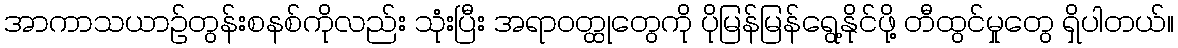
အာကာသယာဉ်တွန်းစနစ်ကိုလည်း သုံးပြီး အရာဝတ္ထုတွေကို ပိုမြန်မြန်ရွေ့နိုင်ဖို့ တီထွင်မှုတွေ ရှိပါတယ်။